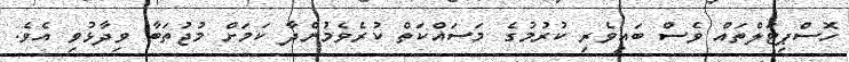
ހޮސްޕިޓަލްތައް ވެސް ބައިވެރި ކުރުމުގެ މަސައްކަތް ކުރެވެމުންދާ ކަމަށް މުޖުތަބާ ވިދާޅުވި އެވެ.